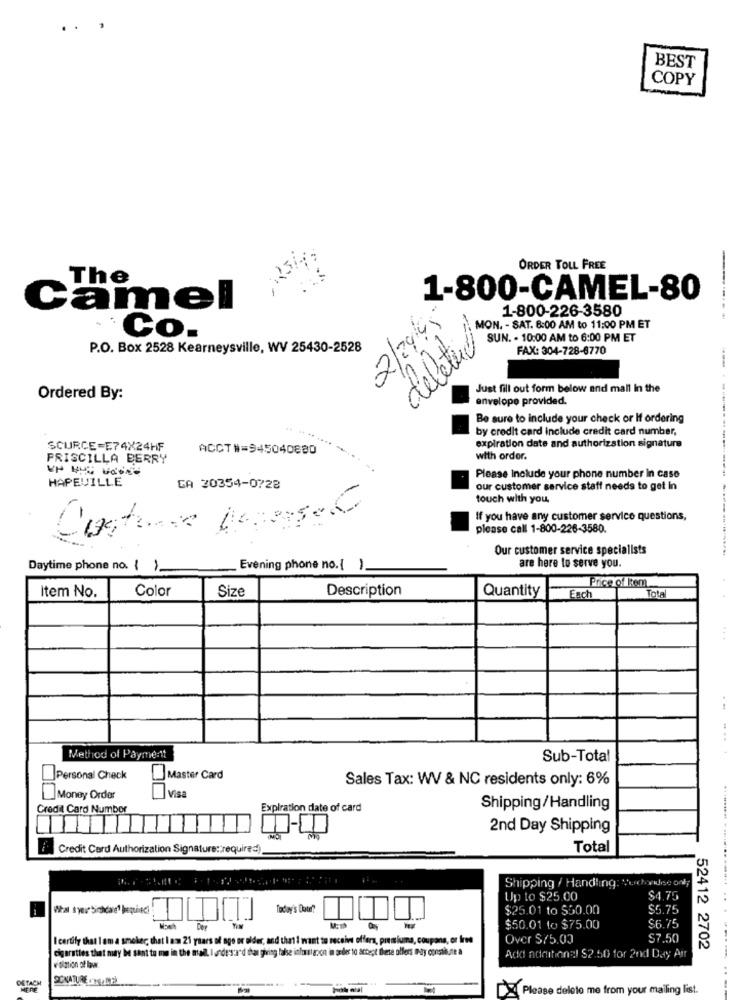
.. .
BEST
COPY
ORDER TOLL FREE
The
1-800-CAMEL-80
Camel
1-800-226-3580
2/24/4,
-------
deletue
MON. - SAT. 6:00 AM to 11:00 PM ET
Co.
SUN. - 10:00 AM to 6:00 PM ET
P.O. Box 2528 Kearneysville, WV 25430-2528
FAX: 304-728-6770
Just fill out form below and mall In the
Ordered By:
envelope provided.
Be sure to include your check or If ordering
by credit card include credit card number,
....
SOURCE=E74X24HF
ACCT#=945040880
expiration date and authorization signature
PRISCILLA BERRY
with order.
---
HAPEVILLE
Please Include your phone number in case
CA 20354-0728
our customer service staff needs to get in
touch with you.
If you have any customer service questions,
please call 1-800-226-3580.
Our customer service specialists
are here to serve you.
Daytime phone no. ( )
Evening phone no.[ ).
Price of Rem
Item No.
Color
Size
Description
Quantity
Each
Total
....
Method of Payment
Sub-Total
Personal Check
Master Card
Sales Tax: WV & NC residents only: 6%
]Money Order
Visa
Credit Card Number
Expiration date of card
Shipping/Handling
1
2nd Day Shipping
Credit Card Authorization Signature:required)
Total
Shipping / Handling: "ochaise onl
Up to $25.00
$4.75
Today's Duur?
$25.01 to $50.00
$5.75
$50.01 to $75.00
$6.75
I certify that I am a smoker; that I am 21 years of age or older, and that I want to receive offers, premiums, coupons, or free
Over $/5.00
$7.50
cigarettes that may be sant tu me in the mail, I understand that giving false infoustacon in order to accept these ollers may constb.ne a
52412 2702
Add additional $2.50 for 2nd Day Air
DETACH
SCNATURE -NAME
MERE
Please deleto me from your mailing list.